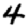
Digit: 4